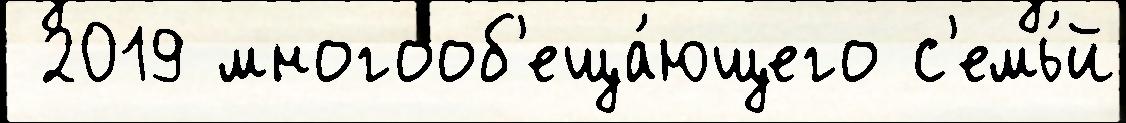
 2019 многооб'еща́ющего с'емь́й